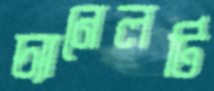
চ্যানেলটি